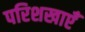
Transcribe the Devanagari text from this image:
परिशखाएँ